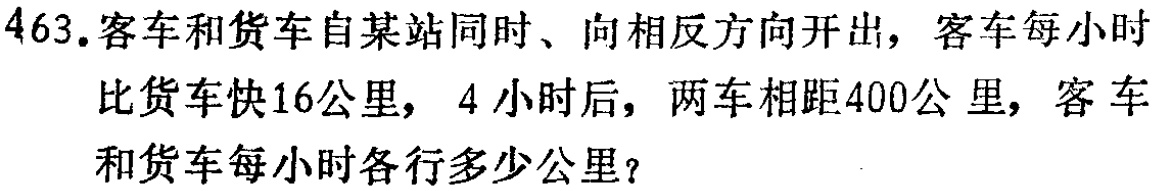
463.客车和货车自某站同时、向相反方向开出，客车每小时比货车快16公里，4 小时后，两车相距400公 里，客车和货车每小时各行多少公里？